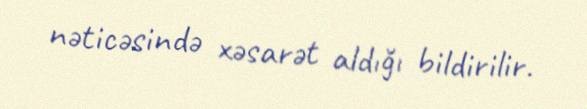
nəticəsində xəsarət aldığı bildirilir.